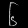
Digit: ၆